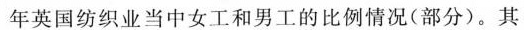
年英国纺织业当中女工和男工的比例情况(部分)。其